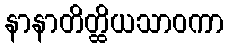
နာနာတိတ္ထိယသာဝကာ